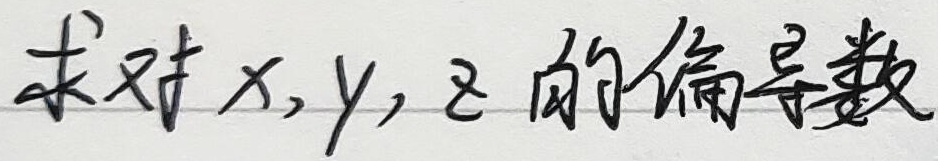
求对 \(x,y,z\) 的偏导数